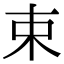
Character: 束